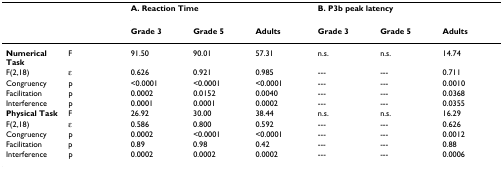
<table><thead><tr><td></td><td></td><td colspan="3"><b>A. Reaction Time</b></td><td colspan="3"><b>B. P3b peak latency</b></td></tr><tr><td></td><td></td><td><b>Grade 3</b></td><td><b>Grade 5</b></td><td><b>Adults</b></td><td><b>Grade 3</b></td><td><b>Grade 5</b></td><td><b>Adults</b></td></tr></thead><tbody><tr><td><b>Numerical Task</b></td><td>F</td><td>91.50</td><td>90.01</td><td>57.31</td><td>n.s.</td><td>n.s.</td><td>14.74</td></tr><tr><td>F(2,18)</td><td>ε</td><td>0.626</td><td>0.921</td><td>0.985</td><td>---</td><td>---</td><td>0.711</td></tr><tr><td>Congruency</td><td>p</td><td>&lt;0.0001</td><td>&lt;0.0001</td><td>&lt;0.0001</td><td>---</td><td>---</td><td>0.0010</td></tr><tr><td>Facilitation</td><td>p</td><td>0.0002</td><td>0.0152</td><td>0.0040</td><td>---</td><td>---</td><td>0.0368</td></tr><tr><td>Interference</td><td>p</td><td>0.0001</td><td>0.0001</td><td>0.0002</td><td>---</td><td>---</td><td>0.0355</td></tr><tr><td><b>Physical Task</b></td><td>F</td><td>26.92</td><td>30.00</td><td>38.44</td><td>n.s.</td><td>n.s.</td><td>16.29</td></tr><tr><td>F(2,18)</td><td>ε</td><td>0.586</td><td>0.800</td><td>0.592</td><td>---</td><td>---</td><td>0.626</td></tr><tr><td>Congruency</td><td>p</td><td>0.0002</td><td>&lt;0.0001</td><td>&lt;0.0001</td><td>---</td><td>---</td><td>0.0012</td></tr><tr><td>Facilitation</td><td>p</td><td>0.89</td><td>0.98</td><td>0.42</td><td>---</td><td>---</td><td>0.88</td></tr><tr><td>Interference</td><td>p</td><td>0.0002</td><td>0.0002</td><td>0.0002</td><td>---</td><td>---</td><td>0.0006</td></tr></tbody></table>